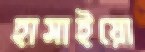
হাসাইয়ো